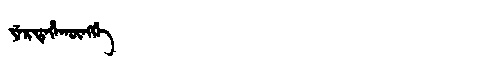
Manchu: ᠶᡝᡵᡨᡝᡥᠠᡴᡡᠩᡤᡝ
Romanization: YERTEHAKŪNGGE